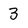
Character: 3